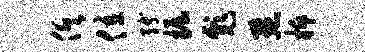
俱位缚掘彪默柝